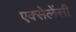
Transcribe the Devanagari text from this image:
एक्सेलेंसी